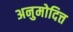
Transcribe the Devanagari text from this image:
अनुमोदित्त